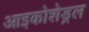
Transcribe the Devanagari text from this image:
आइकोशेड्रल